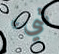
شيء